65_HS1-834228961_62-HQ-83894_Section_10
Agency: FBI
Page 109
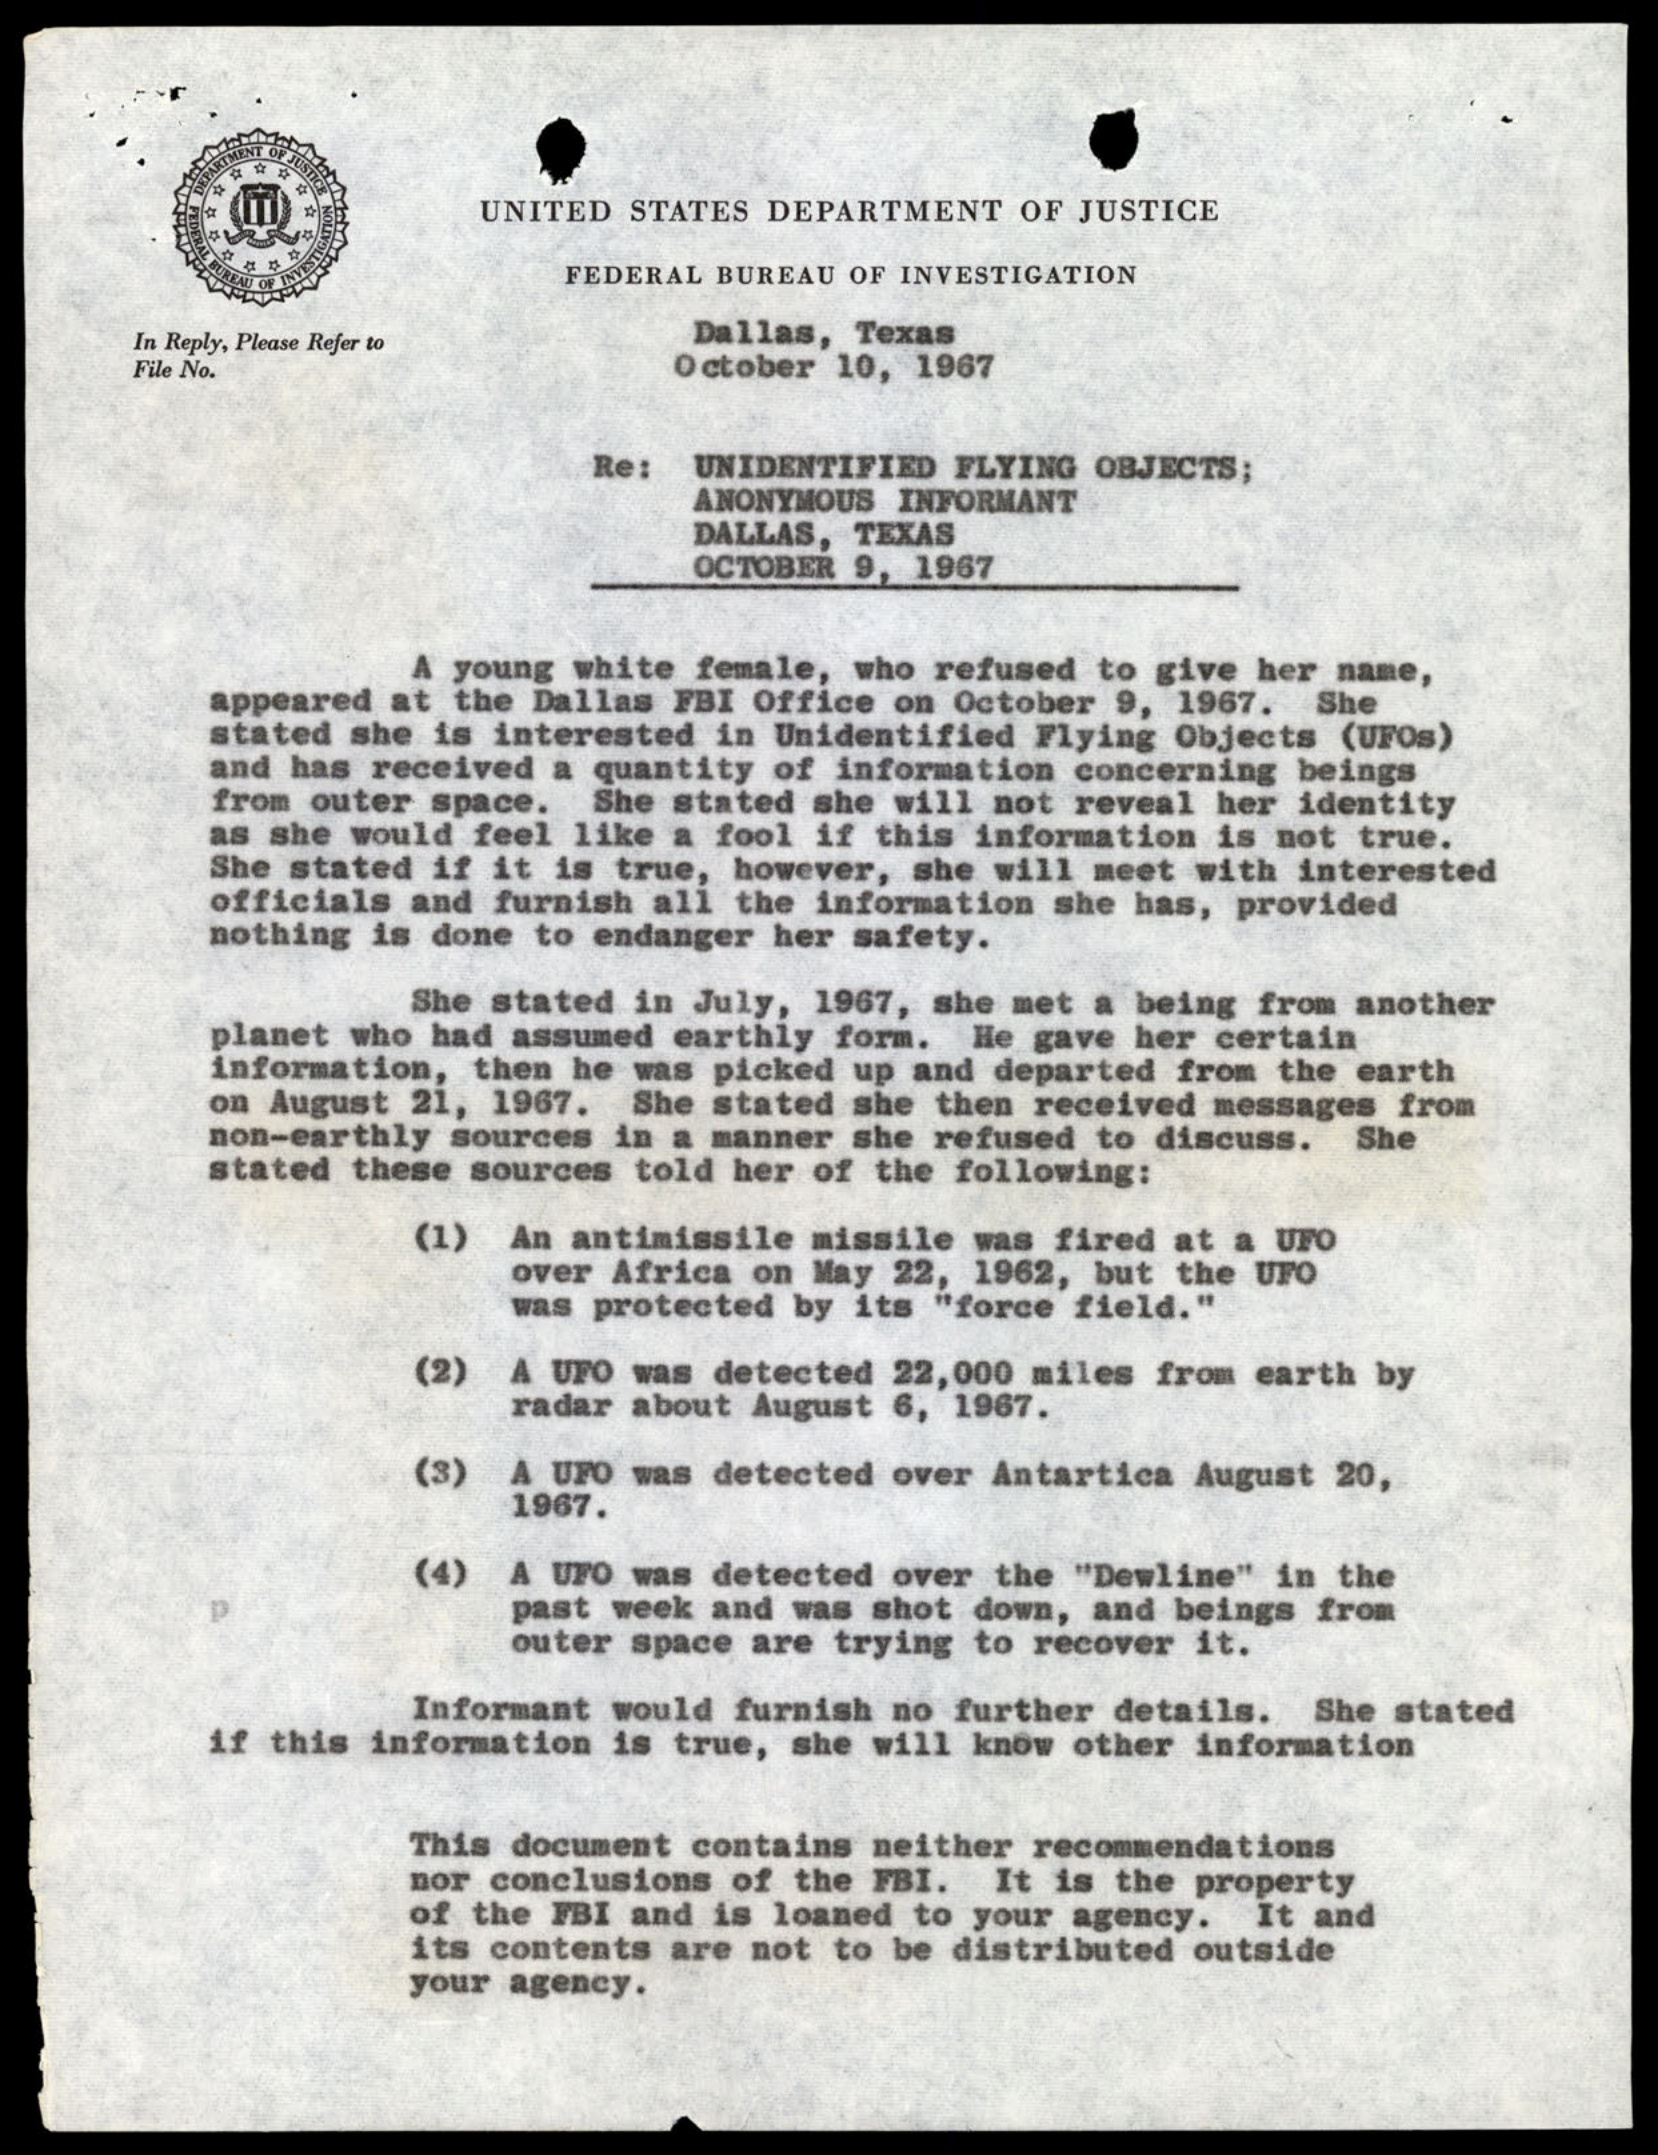